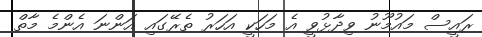
ރައީސް މައުމޫނު ވިދާޅުވީ އެ މަހަކީ އަހަރު ތެރޭގައި އަންނަ އެންމެ މާތް